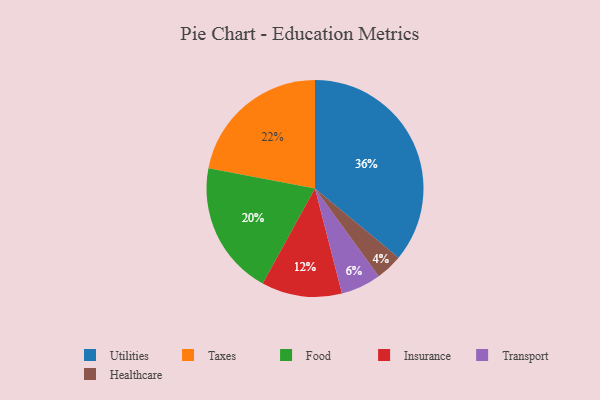
{"axis": {"x": "Category", "y": "Percentage"}, "legend": ["Food", "Healthcare", "Insurance", "Taxes", "Transport", "Utilities"], "data": [{"x": "Healthcare", "y": 4, "type": "Healthcare"}, {"x": "Taxes", "y": 22, "type": "Taxes"}, {"x": "Food", "y": 20, "type": "Food"}, {"x": "Insurance", "y": 12, "type": "Insurance"}, {"x": "Transport", "y": 6, "type": "Transport"}, {"x": "Utilities", "y": 36, "type": "Utilities"}]}